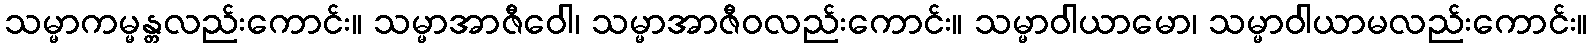
သမ္မာကမ္မန္တလည်းကောင်း။ သမ္မာအာဇီဝေါ၊ သမ္မာအာဇီဝလည်းကောင်း။ သမ္မာဝါယာမော၊ သမ္မာဝါယာမလည်းကောင်း။